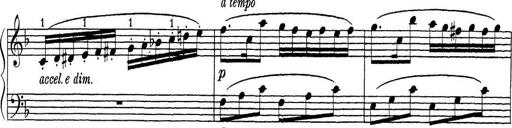
Title: ÄŒeskÃ© Sonatiny
Composer: Various